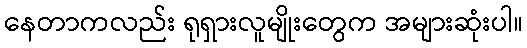
နေတာကလည်း ရုရှားလူမျိုးတွေက အများဆုံးပါ။